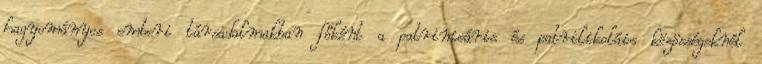
hagyományos emberi társadalmakban főként a patrinieáris és patrilikoláis közösségeknél